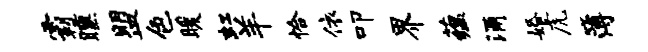
霸曛盟色暖虹羊恰依叩界蕴涌婚虎簿